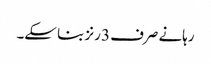
رہانے صرف 3 رنز بنا سکے۔